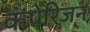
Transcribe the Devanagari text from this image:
कंपेरिजन